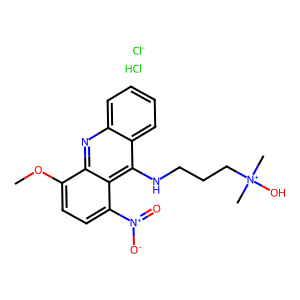
SMILES: COc1ccc([N+](=O)[O-])c2c(NCCC[N+](C)(C)O)c3ccccc3nc12.Cl.[Cl-]
Inhibits HIV replication: No